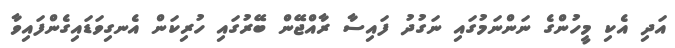
އަދި އެކި މީހުންގެ ނަންނަމުގައި ނަގުދު ފައިސާ ރާއްޖޭން ބޭރުގައި ހުރިކަން އެނގިވަޑައިގެންފައިވާ